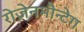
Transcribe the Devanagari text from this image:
रोज़ेनमौन्टेग